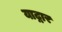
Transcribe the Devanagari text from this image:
याद्गार